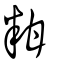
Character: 粓